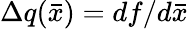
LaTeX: \Delta q(\bar{x})=df/d\bar{x}